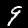
Label: 9